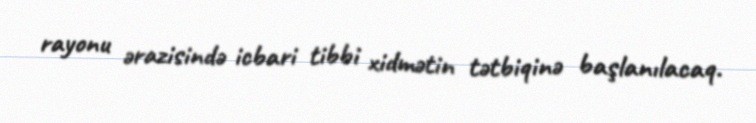
rayonu ərazisində icbari tibbi xidmətin tətbiqinə başlanılacaq.